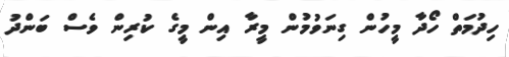
ހިދުމަތް ހޯދާ މީހުން ގިނަވުމުން މީރާ އިން މީގެ ކުރިން ވެސް ބަންދު